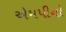
એમપીનો